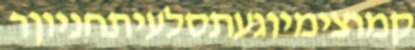
קמוצימיוגעתסלעיתחניוןר